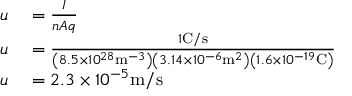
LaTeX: \begin{array} { r l } { u } & { { } = { \frac { I } { n A q } } } \\ { u } & { { } = { \frac { 1 { \mathrm { C } } / { \mathrm { s } } } { \left( 8 . 5 \times 1 0 ^ { 2 8 } { \mathrm { m } } ^ { - 3 } \right) \left( 3 . 1 4 \times 1 0 ^ { - 6 } { \mathrm { m } } ^ { 2 } \right) \left( 1 . 6 \times 1 0 ^ { - 1 9 } { \mathrm { C } } \right) } } } \\ { u } & { { } = 2 . 3 \times 1 0 ^ { - 5 } { \mathrm { m } } / { \mathrm { s } } } \end{array}